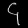
Digit: ၄